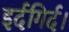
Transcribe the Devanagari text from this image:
इर्दगिर्द।